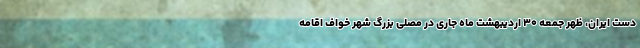
دست ایران، ظهر جمعه ۳۰ اردیبهشت ماه جاری در مصلی بزرگ شهر خواف اقامه